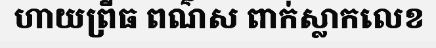
ហាយព្រីធ ពណ៌ស ពាក់ស្លាកលេខ